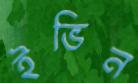
ইভিন